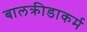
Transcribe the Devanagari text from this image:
बालक्रीडाकर्म